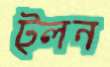
ট্লন